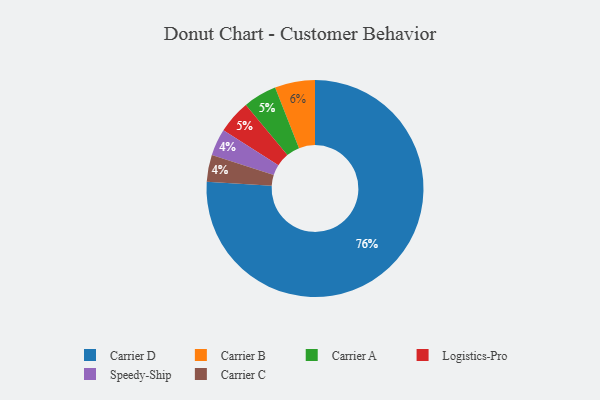
{"axis": {"x": "Category", "y": "Percentage"}, "legend": ["Carrier A", "Carrier B", "Carrier C", "Carrier D", "Logistics-Pro", "Speedy-Ship"], "data": [{"x": "Speedy-Ship", "y": 4, "type": "Speedy-Ship"}, {"x": "Carrier C", "y": 4, "type": "Carrier C"}, {"x": "Carrier D", "y": 76, "type": "Carrier D"}, {"x": "Carrier A", "y": 5, "type": "Carrier A"}, {"x": "Logistics-Pro", "y": 5, "type": "Logistics-Pro"}, {"x": "Carrier B", "y": 6, "type": "Carrier B"}]}